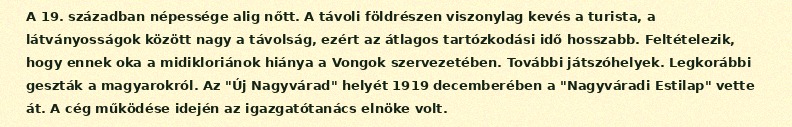
A 19. században népessége alig nőtt. A távoli földrészen viszonylag kevés a turista, a látványosságok között nagy a távolság, ezért az átlagos tartózkodási idő hosszabb. Feltételezik, hogy ennek oka a midikloriánok hiánya a Vongok szervezetében. További játszóhelyek. Legkorábbi geszták a magyarokról. Az "Új Nagyvárad" helyét 1919 decemberében a "Nagyváradi Estilap" vette át. A cég működése idején az igazgatótanács elnöke volt.